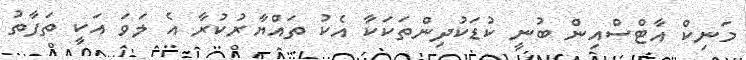
މަނިކް އާޓްސްއިން ބުނީ ކުޑަކުދިންތަކަކާ އެކު ތައްޔާރުކުރާ އެ ލަވަ އަކީ ތަފާތު